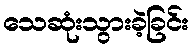
သေဆုံးသွားခဲ့ခြင်း